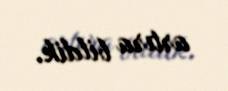
artıra bildik.